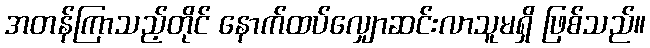
အတန်ကြာသည့်တိုင် နောက်ထပ်လျှောဆင်းလာသူမရှိ ဖြစ်သည်။